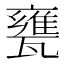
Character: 甕